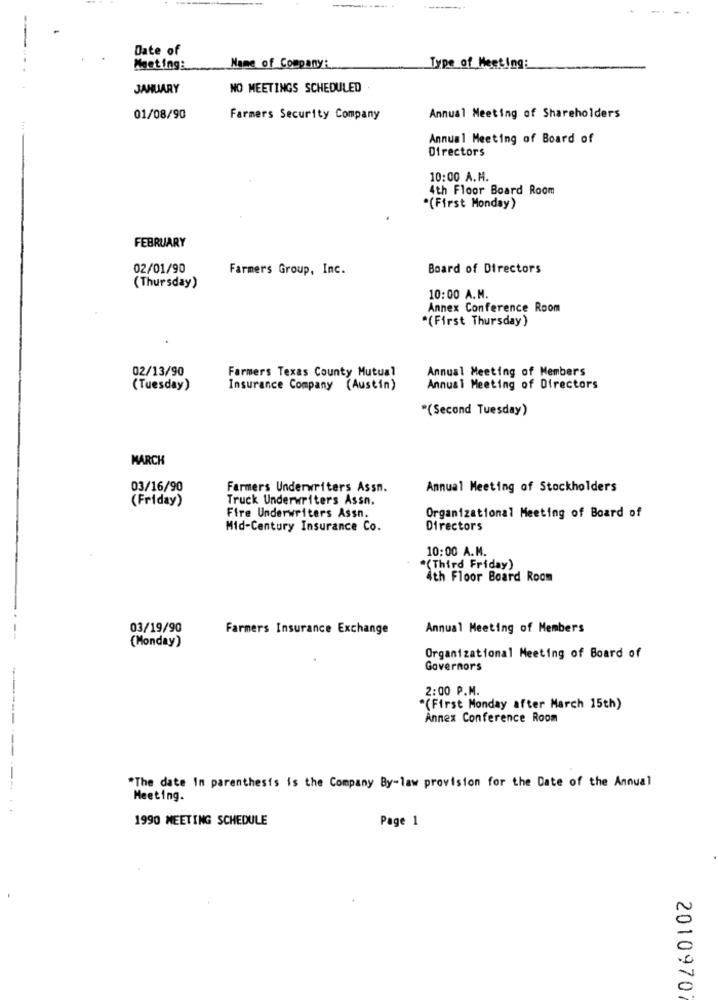
Date of
Meeting:
Name of Company:
Type of Meeting:
JANUARY
NO MEETINGS SCHEDULED
01/08/90
Farmers Security Company
Annual Meeting of Shareholders
Annual Meeting of Board of
Directors
10:00 A.M.
4th Floor Board Room
*(First Monday)
FEBRUARY
02/01/90
Farmers Group, Inc.
Board of Directors
(Thursday)
10:00 A.M.
Annex Conference Room
*(First Thursday)
02/13/90
Farmers Texas County Mutual
Annual Meeting of Members
(Tuesday)
Insurance Company (Austin)
Annual Meeting of Directors
"(Second Tuesday)
MARCH
03/16/90
Farmers Underwriters Assn.
Annual Meeting of Stockholders
(Friday)
Truck Underwriters Assn.
Fire Underwriters Assn.
Organizational Meeting of Board of
Mid-Century Insurance Co.
Directors
10:00 A.M.
"(Third Friday)
4th Floor Board Room
03/19/90
Farmers Insurance Exchange
Annual Meeting of Members
(Monday)
Organizational Meeting of Board of
Governors
2:00 P.M.
"(First Monday after March 15th)
Annex Conference Room
----.
*The date In parenthesis is the Company By-law provision for the Date of the Annual
Meeting.
1990 MEETING SCHEDULE
Page 1
2010970